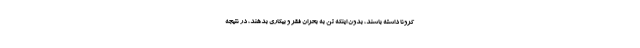
کرونا داشته باشند، بدون اینکه تن به بحران فقر و بیکاری بدهند، در نتیجه